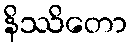
နိဿိတော